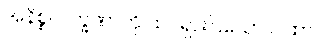
အနိစ္စလက္ခဏာကို ထင်ရှားပြသော ဂါထာ